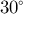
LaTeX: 3 0 ^ { \circ }